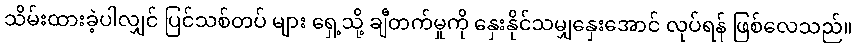
သိမ်းထားခဲ့ပါလျှင် ပြင်သစ်တပ် များ ရှေ့သို့ ချီတက်မှုကို နှေးနိုင်သမျှနှေးအောင် လုပ်ရန် ဖြစ်လေသည်။